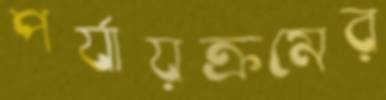
পর্যায়ক্রমের